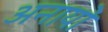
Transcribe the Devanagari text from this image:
अनायों